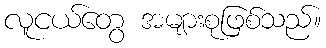
လူငယ်တွေ အများစုဖြစ်သည်။